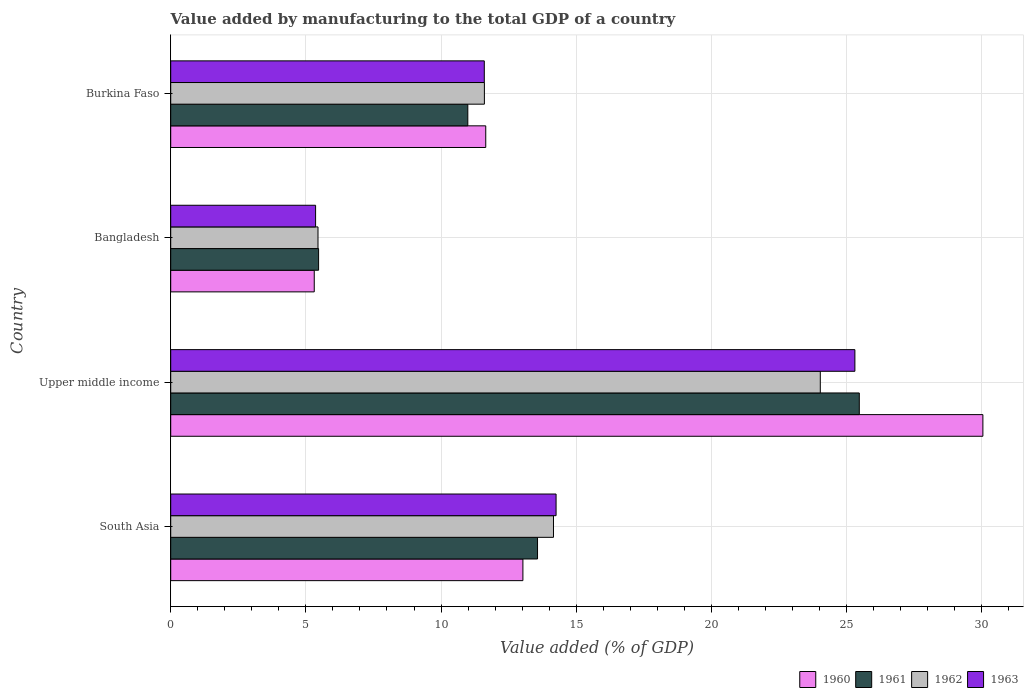
| Country | 1960 | 1961 | 1962 | 1963 |
 | --- | --- | --- | --- | --- |
 | South Asia | 13 | 13.6 | 14.2 | 14.3 |
 | Upper middle income | 30 | 25.5 | 24 | 25.3 |
 | Bangladesh | 5.31 | 5.47 | 5.45 | 5.36 |
 | Burkina Faso | 11.7 | 11 | 11.6 | 11.6 |